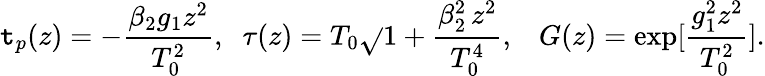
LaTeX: \mathtt{t}_{p}(z)=-\frac{{\beta_{2}g_{1}z^{2}}}{{T_{0}^{2}}},\; \; \tau(z)=T_{0}\sqrt{}{{1+\frac{{\beta_{2}^{2}\, z^{2}}}{{T_{0}^{4}}}}},\; \; \; G(z)=\exp[\frac{{g_{1}^{2}z^{2}}}{{T_{0}^{2}}}].